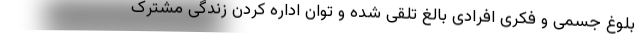
بلوغ جسمی و فکری افرادی بالغ تلقی شده و توان اداره کردن زندگی مشترک